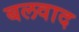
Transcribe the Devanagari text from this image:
बलवाद